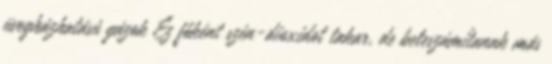
üvegházhatású gázok Ez főként szén-dioxidot takar, de beleszámítanak más